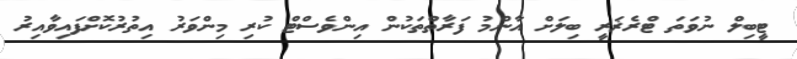
ޓީބިލް ނުވަތަ ޓްރެޜަރީ ބިލަށް އާންމު ފަރާތްތަކުން އިންވެސްޓް ކުރި މިންވަރު އިތުރުކޮށްފައިވާއިރު